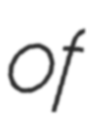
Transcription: of